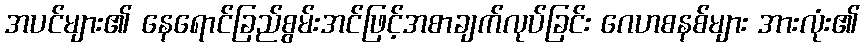
အပင်များ၏ နေရောင်ခြည်စွမ်းအင်ဖြင့်အစာချက်လုပ်ခြင်း ဂေဟစနစ်များ အားလုံး၏